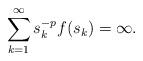
LaTeX: \begin{align*}\sum_{k=1}^{\infty}s_{k}^{-p}f(s_{k})=\infty.\end{align*}